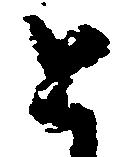
と